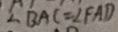
\angle B A C = \angle F A D